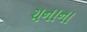
ચનાના